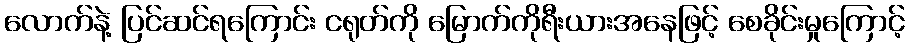
လောက်နဲ့ ပြင်ဆင်ရကြောင်း ငရုတ်ကို မြောက်ကိုရီးယားအနေဖြင့် စေခိုင်းမှုကြောင့်